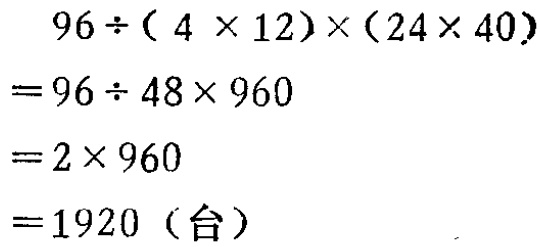
\[
\begin{align*}
&96\div(4\times12)\times(24\times40)\\
=&96\div48\times960\\
=&2\times960\\
=&1920 \text{（台）}
\end{align*}
\]